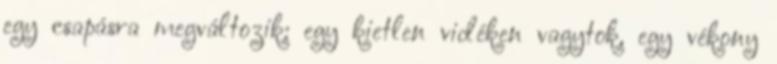
egy csapásra megváltozik: egy kietlen vidéken vagytok, egy vékony